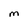
Character: M